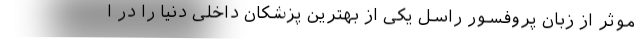
موثر از زبان پروفسور راسل یکی از بهترین پزشکان داخلی دنیا را در ا